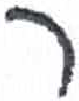
אות: ר